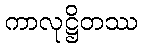
ကာလုဋ္ဌိတဿ